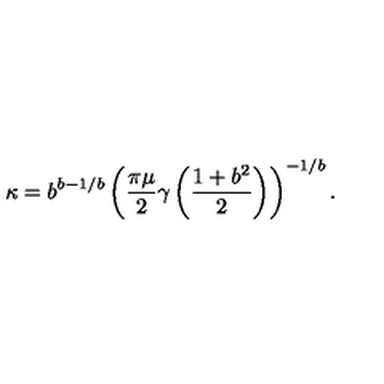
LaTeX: \kappa = b ^ { b - 1 / b } \left( \frac { \pi \mu } { 2 } \gamma \left( \frac { 1 + b ^ { 2 } } { 2 } \right) \right) ^ { - 1 / b } .